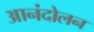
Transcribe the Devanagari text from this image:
आनंदोलन